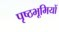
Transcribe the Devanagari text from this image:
पृष्‍ठभूमियों